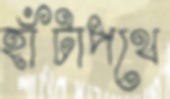
হাঁটাপথে